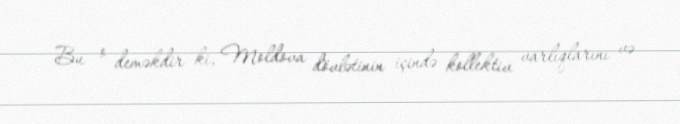
Bu o deməkdir ki, Moldova dövlətinin içində kollektiv varlıqlarını və